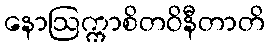
နောဩက္ကာစိတဝိနီတာတိ